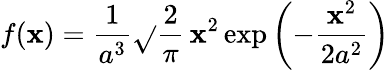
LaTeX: f(\mathbf{x})={\frac{{1}}{{a^{3}}}}{\sqrt{}{{\frac{{2}}{{\pi}}}}}\, \mathbf{x}^{2}\exp\left(-{\frac{{\mathbf{x}^{2}}}{{2a^{2}}}}\right)